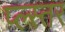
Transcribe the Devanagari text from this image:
प्ल्स्तर